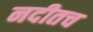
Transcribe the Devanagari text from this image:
नदीतच